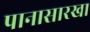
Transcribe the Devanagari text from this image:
पानासारखा